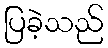
ပြခဲ့သည်